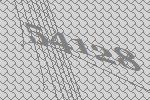
54128